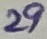
Text: 29